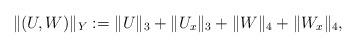
LaTeX: \begin{align*}\|(U,W)\|_Y:=\|U\|_3+\|U_x\|_3+\|W\|_4+\|W_x\|_4,\end{align*}